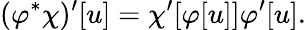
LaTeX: (\varphi^{*}\chi)^{\prime}[u]=\chi^{\prime}[\varphi[u]]\varphi^{\prime}[u].